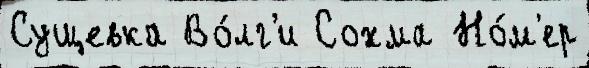
Сущевка Во́лг'и Сохма Но́м'ер